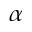
\alpha